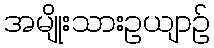
အမျိုးသားဥယျာဉ်